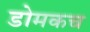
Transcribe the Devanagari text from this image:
डोमकच